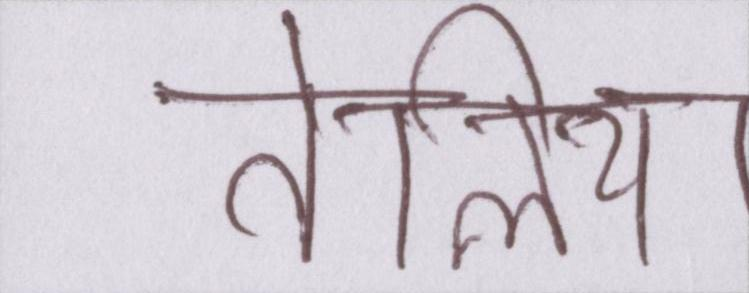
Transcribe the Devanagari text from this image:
तेलिया